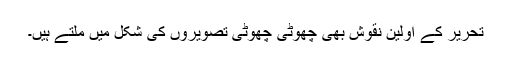
تحریر کے اولین نقوش بھی چھوٹی چھوٹی تصویروں کی شکل میں ملتے ہیں۔